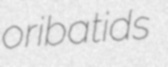
oribatids